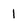
Character: 1